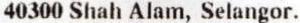
40300 SHAH ALAM, SELANGOR.